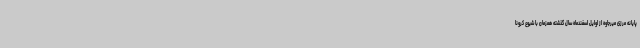
پایانه مرزی میرجاوه از اوایل اسفندماه سال گذشته همزمان با شیوع کرونا